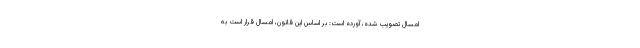
امسال تصویب شده، آورده است: بر اساس این قانون، امسال قرار است به